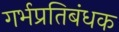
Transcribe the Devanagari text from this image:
गर्भप्रतिबंधक